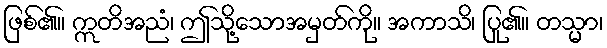
ဖြစ်၏။ ဣတိအညံ၊ ဤသို့သောအမှတ်ကို။ အကာသိ၊ ပြု၏။ တသ္မာ၊